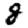
Digit: 8